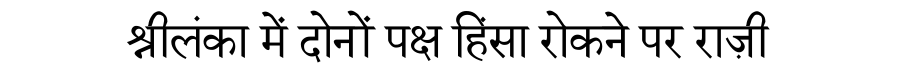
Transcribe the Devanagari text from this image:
श्रीलंका में दोनों पक्ष हिंसा रोकने पर राज़ी